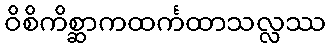
ဝိစိကိစ္ဆာကထင်္ကထာသလ္လဿ